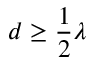
d \geq { \frac { 1 } { 2 } } \lambda